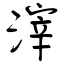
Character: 滓